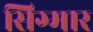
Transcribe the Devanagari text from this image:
सिग्मार